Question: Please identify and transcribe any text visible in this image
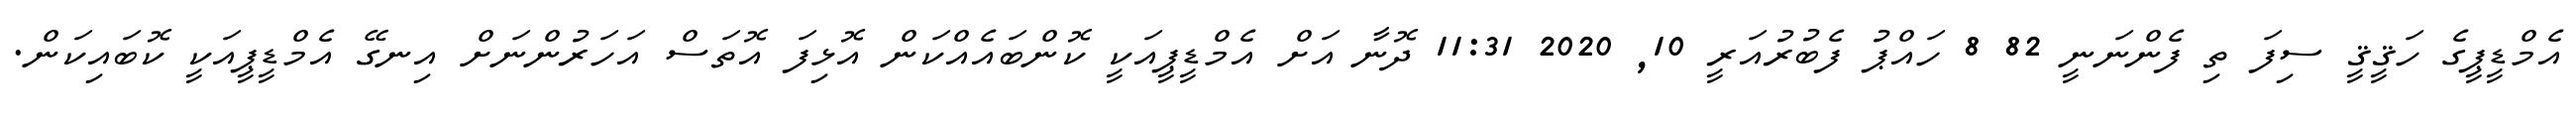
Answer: އެމްޑީޕީގެ ހަޤީޤީ ސިފަ ތި ފެންނަނީ 82 8 ހައްޕު ފެބުރުއަރީ 10, 2020 11:31 ދޮނާ އަށް އެމްޑީޕީއަކީ ކޮންބައެއްކަން އޮޅިފަ އޮތަސް އަހަރުންނަށް އިނގޭ އެމްޑީޕީއަކީ ކޮބައިކަން.